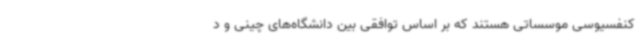
کنفسیوسی موسساتی هستند که بر اساس توافقی بین دانشگاه‌های چینی و د